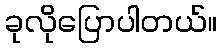
ခုလိုပြောပါတယ်။